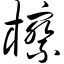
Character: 檫